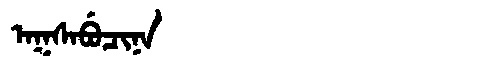
Manchu: ᠠᡴᠰᠠᠪᡠᠴᡳᠨᠠ
Romanization: AKSABUCINA